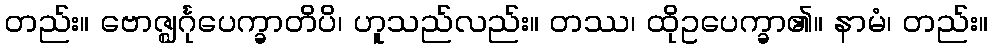
တည်း။ ဗောဇ္ဈင်္ဂုပေက္ခာတိပိ၊ ဟူသည်လည်း။ တဿ၊ ထိုဥပေက္ခာ၏။ နာမံ၊ တည်း။